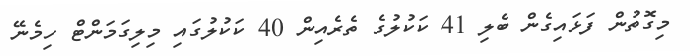
މިގޮތުން ފަޅައިގެން ބެލި 41 ކަކުލުގެ ތެރެއިން 40 ކަކުލުގައި މިލިގަމަންޓް ހިމެނޭ